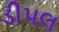
ડીપલ